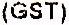
(GST)